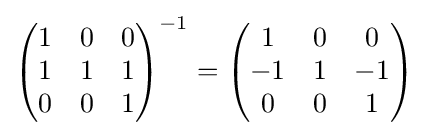
\left({\begin{matrix}1&0&0\\1&1&1\\0&0&1\end{matrix}}\right)^{-1}=\left({\begin{matrix}1&0&0\\-1&1&-1\\0&0&1\end{matrix}}\right)